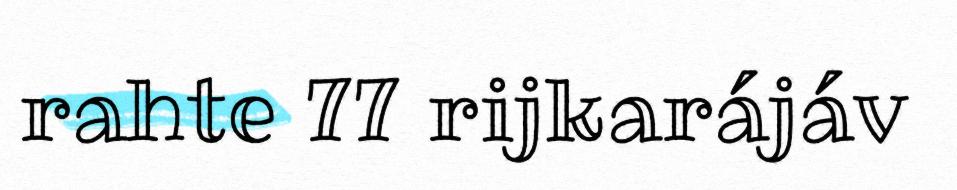
rahte 77 rijkarájáv